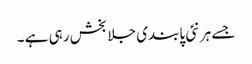
جسے ہر نئی پابندی جلا بخش رہی ہے ۔